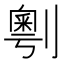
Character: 𠟲